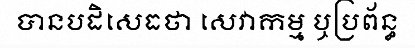
បានបដិសេធថា សេវាកម្ម ឬប្រព័ន្ធ